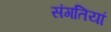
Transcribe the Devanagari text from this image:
संगतियां